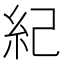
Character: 紀